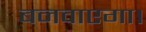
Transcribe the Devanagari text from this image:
बनवाएगा।